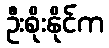
ဦးစိုးနိုင်က